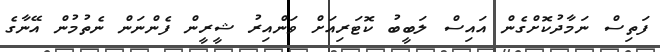
ފަތިސް ނަމާދުކޮށްގެން އައިސް ލަބީބު ކޮޓަރިއަށް ވަންއިރު ޝީރީން ފެންނަން ނެތުމުން އޭނާގެ